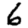
Digit: 6